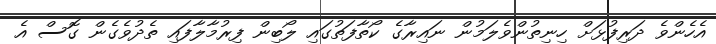
އެހެންވެ ދަރިފުޅަށް ހިނިތުންވެލަމުން ނައިރާގެ ކޯތާފަތުގައި ލޯބިން ފިރުމާލާފައި ތެދުވެގެން ގޮސް އެ